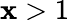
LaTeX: \mathbf{x}>1